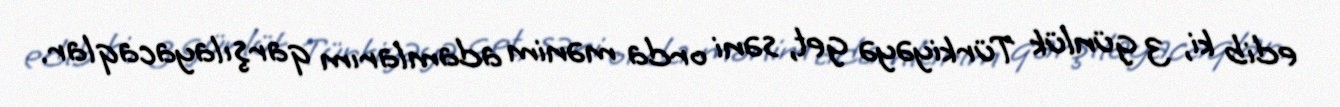
edib ki, 3 günlük Türkiyəyə get, səni orda mənim adamlarım qarşılayacaqlar.